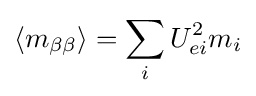
\langle m_{\beta \beta }\rangle =\sum _{i}U_{ei}^{2}m_{i}